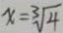
x = \sqrt [ 3 ] { 4 }